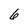
Character: 6